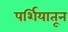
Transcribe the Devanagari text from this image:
पर्शियातून